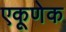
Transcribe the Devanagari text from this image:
एकूणेक